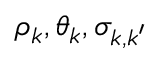
\rho _ { \boldsymbol { k } } , \theta _ { \boldsymbol { k } } , \sigma _ { \boldsymbol { k } , \boldsymbol { k } ^ { \prime } }